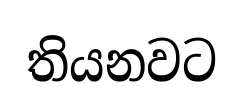
තියනවට